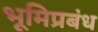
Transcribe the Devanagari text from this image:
भूमिप्रबंध